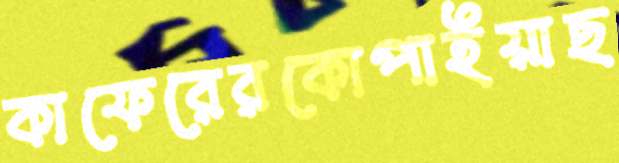
কাফেরেরকোপাইয়াছ